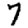
Digit: 7